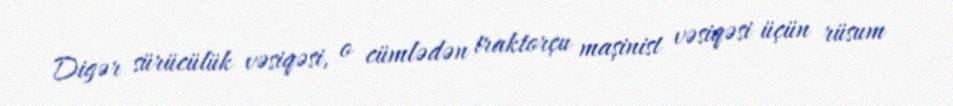
Digər sürücülük vəsiqəsi, o cümlədən traktorçu maşinist vəsiqəsi üçün rüsum